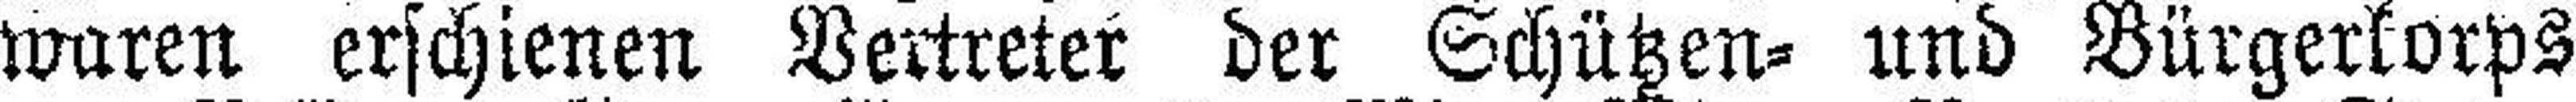
waren erschienen Vertreter der Schützen= und Bürgerkorps